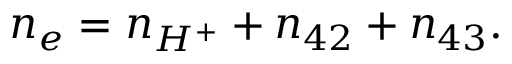
n _ { e } = n _ { H ^ { + } } + n _ { 4 2 } + n _ { 4 3 } .